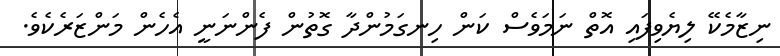
ނިޒާމެކޭ ލިޔެވިފައި އޮތް ނަމަވެސް ކަން ހިނގަމުންދާ ގޮތުން ފެންނަނީ އެހެން މަންޒަރެކެވެ.